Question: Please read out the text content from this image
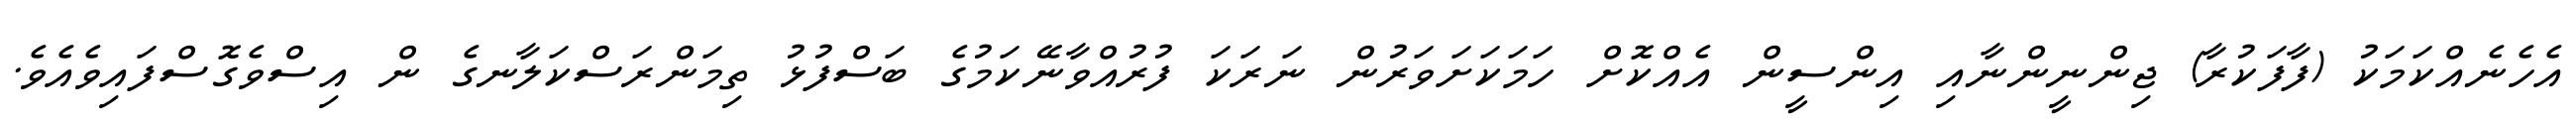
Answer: އެހެނެއްކަމަކު (ފާފަކުރާ) ޖިންނީންނާއި އިންސީން އެއްކޮށް ހަމަކަށަވަރުން ނަރަކަ ފުރުއްވާނޭކަމުގެ ބަސްފުޅު ތިމަންރަސްކަލާނގެ ން އިސްވެގޮސްފައިވެއެވެ.